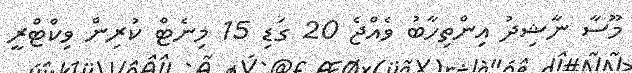
މޫސާ ނާޝިދު އިންތިހާބު ވެއްޖެ 20 ގަޑި 15 މިނެޓް ކުރިން ވިކްޓްރީ